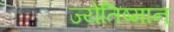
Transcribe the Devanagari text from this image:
ज्येतिष्मान्